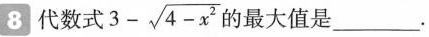
8代数式 $$3- \sqrt{4-x^{2}}$$ 的最大值是____。